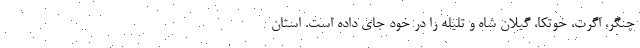
چنگر، اگرت، خوتکا، گیلان شاه و تلیله را در خود جای داده است. استان